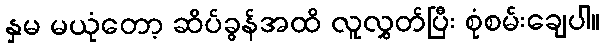
နှမ မယုံတော့ ဆိပ်ခွန်အထိ လူလွှတ်ပြီး စုံစမ်းချေပါ။